Scientific memoirs by medical officers of the Army of India - Part XI,
Year: 1898
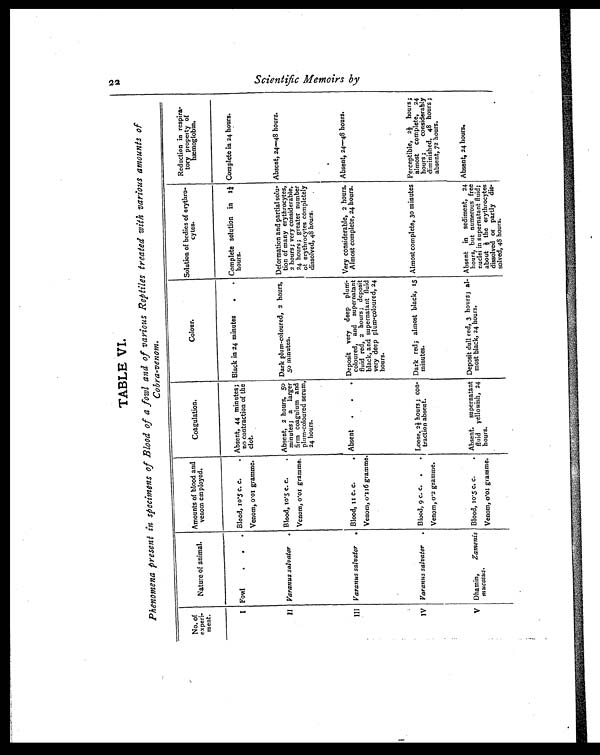
TABLE VI.
Phenomena present in specimens of Blood of a fowl and of various Reptiles treated with various amounts of
Cobra-venom.
No. of
experi-
ment.
Nature of animal.
Amounts of blood an
venom employed.
Coagulation.
Colour.
Solution of bodies of erythro-
cytes.
Reduction in respira-
tory property of
hæmoglobin.
I Fowl
. . . Blood, 10.5 c. c.
.
Venom, 0.01 gramme.
Absent, 44 minutes;
no contraction of the
clot.
Black in 24 minutes
.
. Complete solution in 1¼
hours.
Complete in 24 hours.
II Varanus salvator
. Blood, 10.5 c. c.
.
Venom, 0.01 gramme.
Absent, 2 hours, 50
minutes; a larger
firm coagulum and
plum-coloured serum,
24 hours.
Dark plum-coloured, 2 hours,
50 minutes.
Deformation and partial solu-
tion of many erythrocytes,
2 hours; very considerable,
24 hours; greater number
of erythrocytes completely
dissolved, 48 hours.
Absent, 24—48 hours.
III Varanus salvator
. Blood, 11 c. c.
.
Venom, 0.116 gramme.
Absent
.
. . Deposit very deep plum-
coloured, and supernatant
fluid red, 2 hours; deposit
black, and supernatant fluid
very deep plum-coloured, 24
hours.
Very considerable, 2 hours.
Almost complete, 24 hours.
Absent, 24—48 hours.
IV Varanus salvator
. Blood, 9 c. c. .
.
Venom, 0.2 gramme.
Loose, 2½ hours; con-
traction absent.
Dark red; almost black, 15
minutes.
Almost complete, 30 minutes Perceptible, 2½ hours;
almost complete, 24
hours; considerably
diminished, 48 hours;
absent, 72 hours.
V Dhamin,
Zamenis
mucosus.
Blood, 10.5 c. c.
.
Venom, 0.01 gramme.
Absent. supernatant
fluid yellowish, 24
hours.
Deposit dull red, 3 hours; al-
most black, 24 hours.
Absent in sediment, 24
hours, but numerous free
nuclei in supernatant fluid;
about ½ the erythrocytes
dissolved or partly dis-
solved, 48 hours.
Absent, 24 hours.
22
S c i e n t i f i c Me mo i r s b y